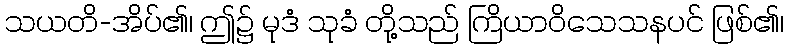
သယတိ-အိပ်၏၊ ဤ၌ မုဒံ သုခံ တို့သည် ကြိယာဝိသေသနပင် ဖြစ်၏၊